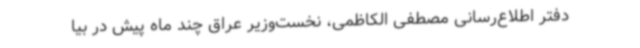
دفتر اطلاع‌رسانی مصطفی الکاظمی، نخست‌وزیر عراق چند ماه پیش در بیا